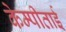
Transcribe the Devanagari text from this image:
केम्पीताई